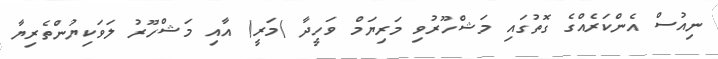
ނިއުސް އެންކަރެއްގެ ގޮތުގައި މަޝްހޫރުވި މަރިޔަމް ވަހީދާ )މަރީ( އާއި މަޝްހޫރު ލަވަކިޔުންތެރިޔާ